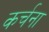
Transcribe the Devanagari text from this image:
कर्चना